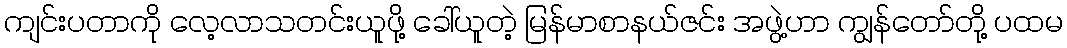
ကျင်းပတာကို လေ့လာသတင်းယူဖို့ ခေါ်ယူတဲ့ မြန်မာစာနယ်ဇင်း အဖွဲ့ဟာ ကျွန်တော်တို့ ပထမ